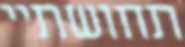
תחושתיי